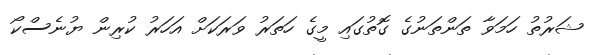
ޝަރުތު ހަމަވާ ތަންތަނުގެ ގޮތުގައި މީގެ ހަތަރު ވަރަކަށް އަހަރު ކުރިން ޔުނެސްކޯ